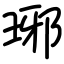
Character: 琊